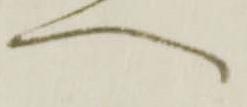
へ